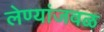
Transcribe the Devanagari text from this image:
लेण्यांजवळ